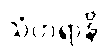
သံဟရာနိ